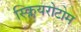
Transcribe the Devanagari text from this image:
स्क्लियरोटोम